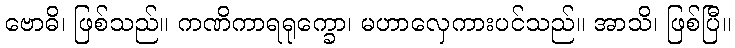
ဗောဓိ၊ ဖြစ်သည်။ ကဏိကာရရုက္ခော၊ မဟာလှေကားပင်သည်။ အာသိ၊ ဖြစ်ပြီ။